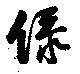
緑